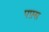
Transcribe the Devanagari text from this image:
पफ़्स